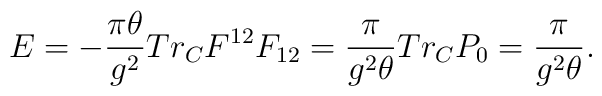
E=-\frac{\pi\theta}{g^2}Tr_{C}F^{12}F_{12}=\frac{\pi}{g^2\theta}Tr_{C}P_0=\frac{\pi}{g^2\theta}.